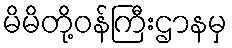
မိမိတို့ဝန်ကြီးဌာနမှ